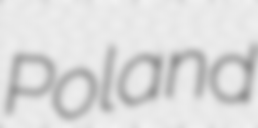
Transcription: Poland